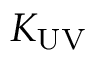
K _ { \mathrm { U V } }